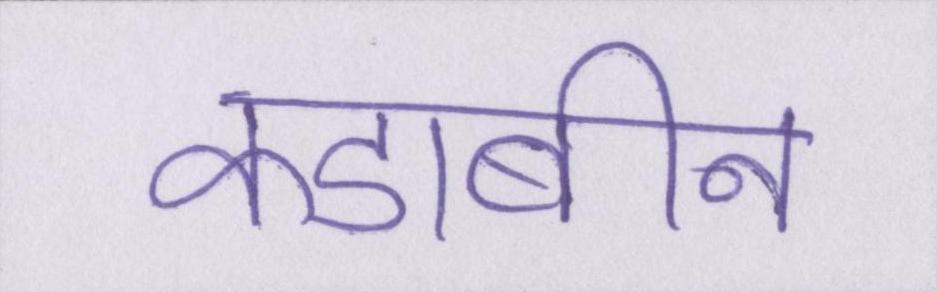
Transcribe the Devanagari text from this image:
कडाबीन